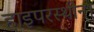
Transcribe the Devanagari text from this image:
हाइपरस्थीन।